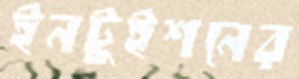
ইনটুইশনের